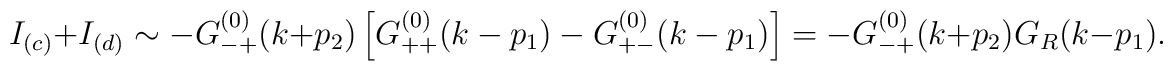
I_{(c)}+I_{(d)}\sim -G_{-+}^{(0)}(k+p_2)\left[G_{++}^{(0)}(k-p_1)-G_{+-}^{(0)}(k-p_1)\right]=-G_{-+}^{(0)}(k+p_2)G_{R}(k-p_1) .